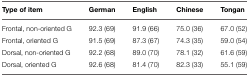
<table><thead><tr><td><b>Type of item</b></td><td><b>German</b></td><td><b>English</b></td><td><b>Chinese</b></td><td><b>Tongan</b></td></tr></thead><tbody><tr><td>Frontal, non-oriented G</td><td>92.3 (69)</td><td>91.9 (66)</td><td>75.0 (36)</td><td>67.0 (52)</td></tr><tr><td>Frontal, oriented G</td><td>91.5 (69)</td><td>87.3 (67)</td><td>74.3 (35)</td><td>59.0 (54)</td></tr><tr><td>Dorsal, non-oriented G</td><td>92.2 (68)</td><td>89.0 (70)</td><td>78.1 (32)</td><td>61.6 (59)</td></tr><tr><td>Dorsal, oriented G</td><td>92.6 (68)</td><td>81.4 (70)</td><td>82.3 (33)</td><td>55.1 (59)</td></tr></tbody></table>